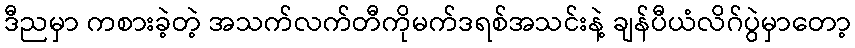
ဒီညမှာ ကစားခဲ့တဲ့ အသက်လက်တီကိုမက်ဒရစ်အသင်းနဲ့ ချန်ပီယံလိဂ်ပွဲမှာတော့